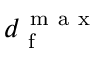
d _ { \mathrm { ~ f ~ } } ^ { \mathrm { ~ m ~ a ~ x ~ } }